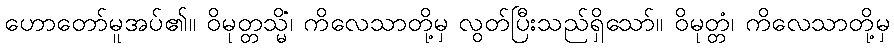
ဟောတော်မူအပ်၏။ ဝိမုတ္တသ္မိံ၊ ကိလေသာတို့မှ လွတ်ပြီးသည်ရှိသော်။ ဝိမုတ္တံ၊ ကိလေသာတို့မှ